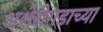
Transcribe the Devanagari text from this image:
अशेरीगडाच्या